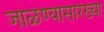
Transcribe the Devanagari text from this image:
जाळण्यासारख्या